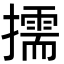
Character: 擩